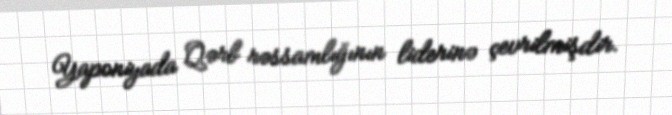
Yaponiyada Qərb rəssamlığının liderinə çevrilmişdir.